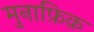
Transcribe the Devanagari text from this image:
मुनाफ़िक़